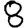
Digit: 8